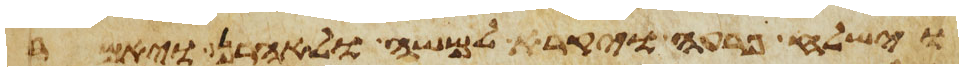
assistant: וישלח פרעה ויקרא למשה ולאהרן ויאמר